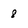
Character: 8